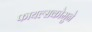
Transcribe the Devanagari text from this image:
फायल्सकोमुने